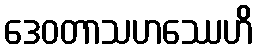
ဒေဝတာသဟဿေဟိ